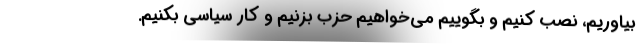
بیاوریم، نصب کنیم و بگوییم می‌خواهیم حزب بزنیم و کار سیاسی بکنیم.